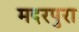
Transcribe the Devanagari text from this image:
मदरपुरा